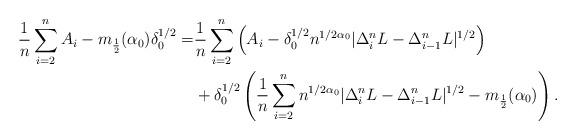
LaTeX: \begin{align*}\frac{1}{n} \sum_{i=2}^n A_i - m_{\frac{1}{2}}(\alpha_0)\delta_0^{1/2} = & \frac{1}{n} \sum_{i=2}^n \left( A_i - \delta_0^{1/2} n^{1/ 2\alpha_0} |\Delta_i^n L - \Delta_{i-1}^n L|^{1/2} \right) \\ & + \delta_0^{1/2} \left( \frac{1}{n} \sum_{i=2}^n n^{1/ 2\alpha_0} |\Delta_i^n L - \Delta_{i-1}^n L|^{1/2} - m_{\frac{1}{2}}(\alpha_0) \right).\end{align*}